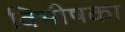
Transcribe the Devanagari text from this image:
विभीषका